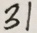
3 1